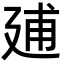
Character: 𢌠